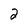
Character: 2